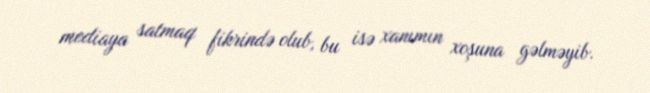
mediaya satmaq fikrində olub, bu isə xanımın xoşuna gəlməyib.